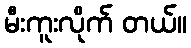
မီးကူးလိုက် တယ်။